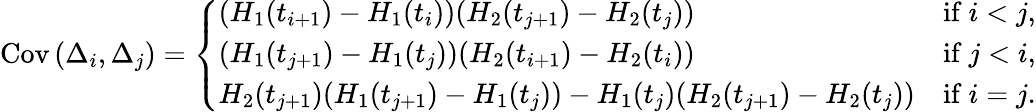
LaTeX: \mathrm{Cov}\left(\Delta_{i},\Delta_{j}\right)=\left\{ \begin{array}{ll}{(H_{1}(t_{i+1})-H_{1}(t_{i}))(H_{2}(t_{j+1})-H_{2}(t_{j}))}&{\mathrm{if~}i<j,}\\ {(H_{1}(t_{j+1})-H_{1}(t_{j}))(H_{2}(t_{i+1})-H_{2}(t_{i}))}&{\mathrm{if~}j<i,}\\ {H_{2}(t_{j+1})(H_{1}(t_{j+1})-H_{1}(t_{j}))-H_{1}(t_{j})(H_{2}(t_{j+1})-H_{2}(t_{j}))}&{\mathrm{if~}i=j.}\end{array}\right.